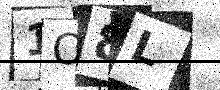
Text: 1O8L